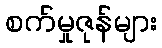
စက်မှုဇုန်များ